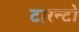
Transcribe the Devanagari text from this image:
टारन्टो